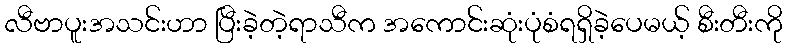
လီဗာပူးအသင်းဟာ ပြီးခဲ့တဲ့ရာသီက အကောင်းဆုံးပုံစံရရှိခဲ့ပေမယ့် စီးတီးကို